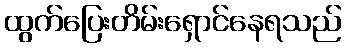
ထွက်ပြေးတိမ်းရှောင်နေရသည်